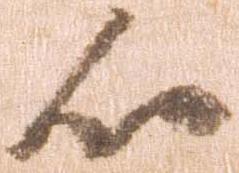
心